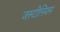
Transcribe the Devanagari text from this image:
जस्टीनियम